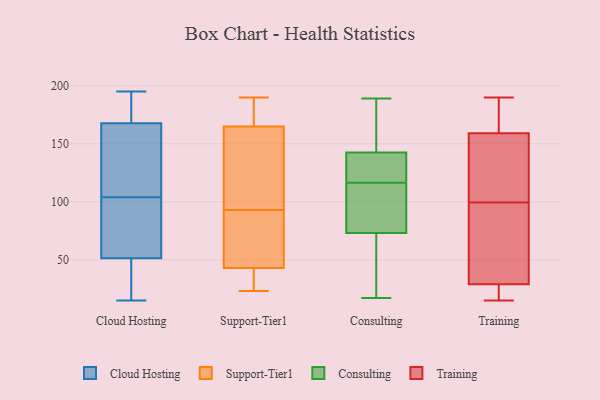
{"axis": {"x": "Page Views", "y": "Value"}, "legend": ["Cloud Hosting", "Consulting", "Support-Tier1", "Training"], "data": [{"x": "", "y": 195, "type": "Cloud Hosting"}, {"x": "", "y": 47, "type": "Cloud Hosting"}, {"x": "", "y": 119, "type": "Cloud Hosting"}, {"x": "", "y": 39, "type": "Cloud Hosting"}, {"x": "", "y": 23, "type": "Cloud Hosting"}, {"x": "", "y": 64, "type": "Cloud Hosting"}, {"x": "", "y": 97, "type": "Cloud Hosting"}, {"x": "", "y": 104, "type": "Cloud Hosting"}, {"x": "", "y": 106, "type": "Cloud Hosting"}, {"x": "", "y": 174, "type": "Cloud Hosting"}, {"x": "", "y": 184, "type": "Cloud Hosting"}, {"x": "", "y": 190, "type": "Cloud Hosting"}, {"x": "", "y": 15, "type": "Cloud Hosting"}, {"x": "", "y": 192, "type": "Cloud Hosting"}, {"x": "", "y": 149, "type": "Cloud Hosting"}, {"x": "", "y": 75, "type": "Cloud Hosting"}, {"x": "", "y": 34, "type": "Cloud Hosting"}, {"x": "", "y": 70, "type": "Cloud Hosting"}, {"x": "", "y": 118, "type": "Cloud Hosting"}, {"x": "", "y": 190, "type": "Support-Tier1"}, {"x": "", "y": 47, "type": "Support-Tier1"}, {"x": "", "y": 99, "type": "Support-Tier1"}, {"x": "", "y": 43, "type": "Support-Tier1"}, {"x": "", "y": 23, "type": "Support-Tier1"}, {"x": "", "y": 167, "type": "Support-Tier1"}, {"x": "", "y": 87, "type": "Support-Tier1"}, {"x": "", "y": 165, "type": "Support-Tier1"}, {"x": "", "y": 28, "type": "Support-Tier1"}, {"x": "", "y": 141, "type": "Support-Tier1"}, {"x": "", "y": 75, "type": "Consulting"}, {"x": "", "y": 108, "type": "Consulting"}, {"x": "", "y": 94, "type": "Consulting"}, {"x": "", "y": 108, "type": "Consulting"}, {"x": "", "y": 123, "type": "Consulting"}, {"x": "", "y": 44, "type": "Consulting"}, {"x": "", "y": 150, "type": "Consulting"}, {"x": "", "y": 124, "type": "Consulting"}, {"x": "", "y": 53, "type": "Consulting"}, {"x": "", "y": 178, "type": "Consulting"}, {"x": "", "y": 71, "type": "Consulting"}, {"x": "", "y": 189, "type": "Consulting"}, {"x": "", "y": 167, "type": "Consulting"}, {"x": "", "y": 128, "type": "Consulting"}, {"x": "", "y": 186, "type": "Consulting"}, {"x": "", "y": 132, "type": "Consulting"}, {"x": "", "y": 31, "type": "Consulting"}, {"x": "", "y": 110, "type": "Consulting"}, {"x": "", "y": 135, "type": "Consulting"}, {"x": "", "y": 17, "type": "Consulting"}, {"x": "", "y": 96, "type": "Training"}, {"x": "", "y": 135, "type": "Training"}, {"x": "", "y": 29, "type": "Training"}, {"x": "", "y": 159, "type": "Training"}, {"x": "", "y": 103, "type": "Training"}, {"x": "", "y": 181, "type": "Training"}, {"x": "", "y": 18, "type": "Training"}, {"x": "", "y": 118, "type": "Training"}, {"x": "", "y": 15, "type": "Training"}, {"x": "", "y": 77, "type": "Training"}, {"x": "", "y": 15, "type": "Training"}, {"x": "", "y": 176, "type": "Training"}, {"x": "", "y": 76, "type": "Training"}, {"x": "", "y": 190, "type": "Training"}]}